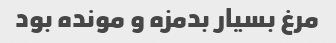
مرغ بسیار بدمزه و مونده بود